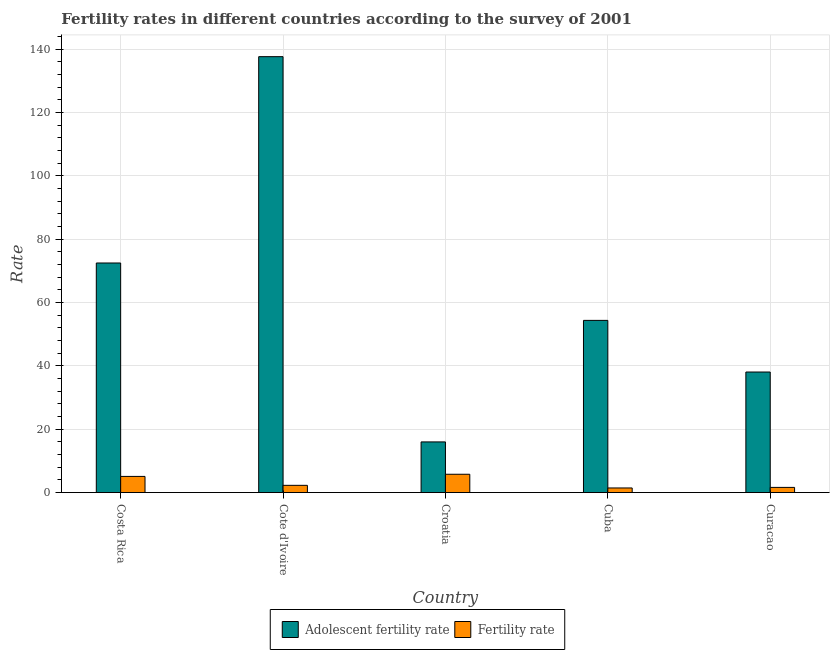
| Country | Adolescent fertility rate | Fertility rate |
 | --- | --- | --- |
 | Costa Rica | 72.5 | 5.11 |
 | Cote d'Ivoire | 138 | 2.29 |
 | Croatia | 16 | 5.79 |
 | Cuba | 54.4 | 1.46 |
 | Curacao | 38.1 | 1.64 |